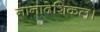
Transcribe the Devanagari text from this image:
नानादेशिकल।